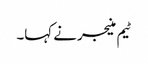
ٹیم منیجر نے کہا۔